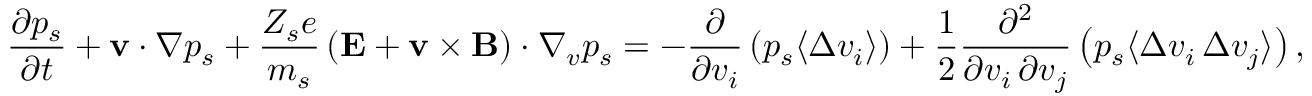
{ \frac { \partial p _ { s } } { \partial t } } + \mathbf { v } \cdot { \boldsymbol { \nabla } } p _ { s } + { \frac { Z _ { s } e } { m _ { s } } } \left( \mathbf { E } + \mathbf { v } \times \mathbf { B } \right) \cdot { \boldsymbol { \nabla } } _ { v } p _ { s } = - { \frac { \partial } { \partial v _ { i } } } \left( p _ { s } \langle \Delta v _ { i } \rangle \right) + { \frac { 1 } { 2 } } { \frac { \partial ^ { 2 } } { \partial v _ { i } \, \partial v _ { j } } } \left( p _ { s } \langle \Delta v _ { i } \, \Delta v _ { j } \rangle \right) ,